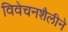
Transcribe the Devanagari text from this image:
विवेचनशैलीने